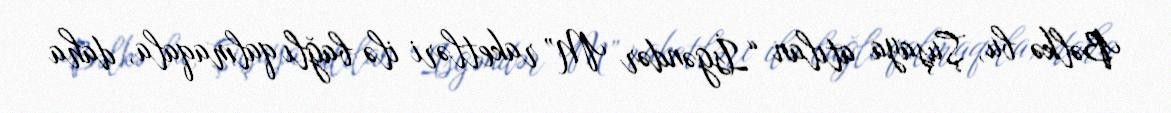
Bəlkə bu, Şuşaya atılan “İsgəndər M” raketləri ilə bağlı qalmaqala, daha